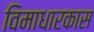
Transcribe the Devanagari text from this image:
विमाधारकास